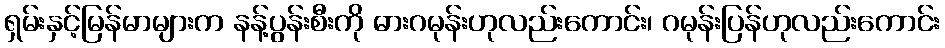
ရှမ်းနှင့်မြန်မာများက နန့်ပွန်းစီးကို ဓားဂမုန်းဟုလည်းကောင်း၊ ဂမုန်းပြန်ဟုလည်းကောင်း